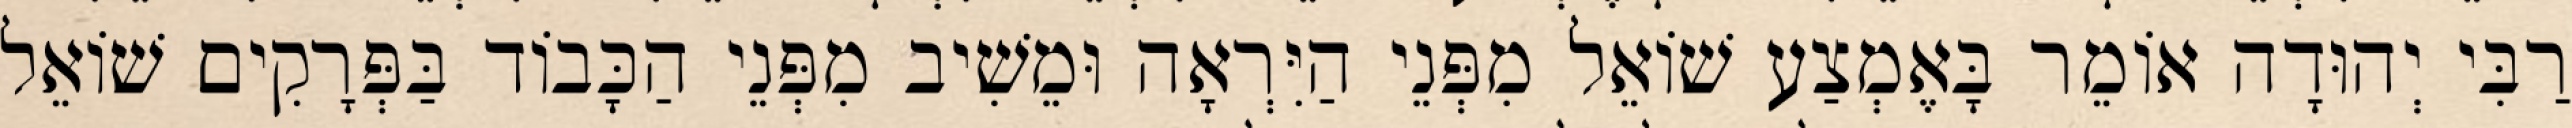
רַבִּי יְהוּדָה אוֹמֵר בָּאֶמְצַע שׁוֹאֵל מִפְּנֵי הַיִּרְאָה וּמֵשִׁיב מִפְּנֵי הַכָּבוֹד בַּפְּרָקִים שׁוֹאֵל